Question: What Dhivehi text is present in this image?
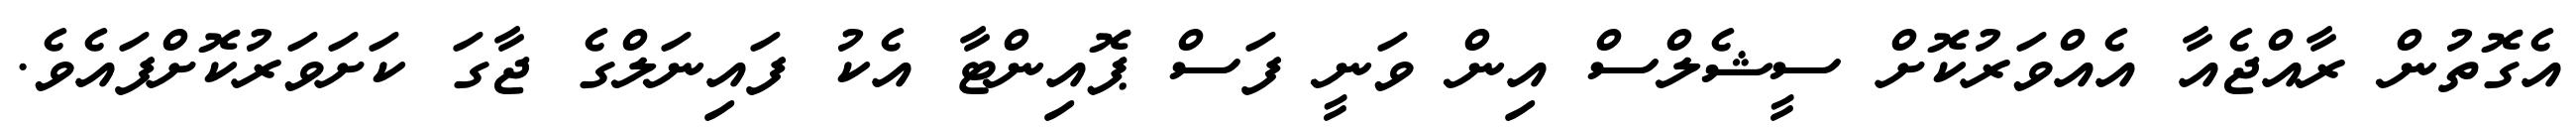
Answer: އެގޮތުން ރާއްޖެއާ އެއްވަރުކޮށް ސީޝެލްސް އިން ވަނީ ފަސް ޕޮއިންޓާ އެކު ފައިނަލްގެ ޖާގަ ކަށަވަރުކޮށްފައެވެ.